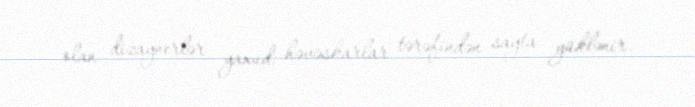
olan dizaynerlər yaxud həvəskarlar tərəfindən sayta yüklənir.